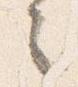
之